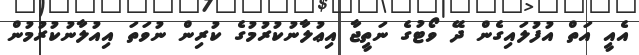
އެއީ އަތް އުފުލައިގެން ދޭ ވޯޓުގެ ނަތީޖާ އިޢުލާނުކުރުމުގެ ކުރިން ނުވަތަ އިއުލާނުކުރުމުން